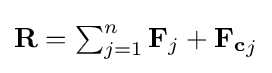
{\textstyle \mathbf {R} =\sum _{j=1}^{n}\mathbf {F} _{j}+\mathbf {F_{c}} _{j}}